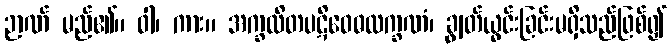
ဉာဏ် မည်၏။ ဝါ၊ ကား။ အက္ခလိတပဋိဝေဓလက္ခဏံ၊ ချွတ်ယွင်းခြင်းမရှိသည်ဖြစ်၍